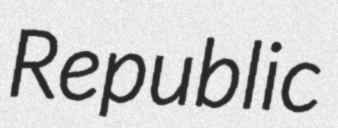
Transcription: Republic